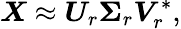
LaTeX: \boldsymbol{X}\approx\boldsymbol{U}_{r}\boldsymbol{\Sigma}_{r}\boldsymbol{V}_{r}^{*},